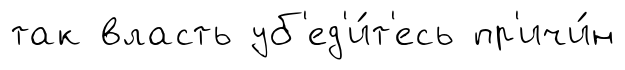
так власть уб'ед'и́т'есь пр'ичи́н